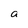
Character: a